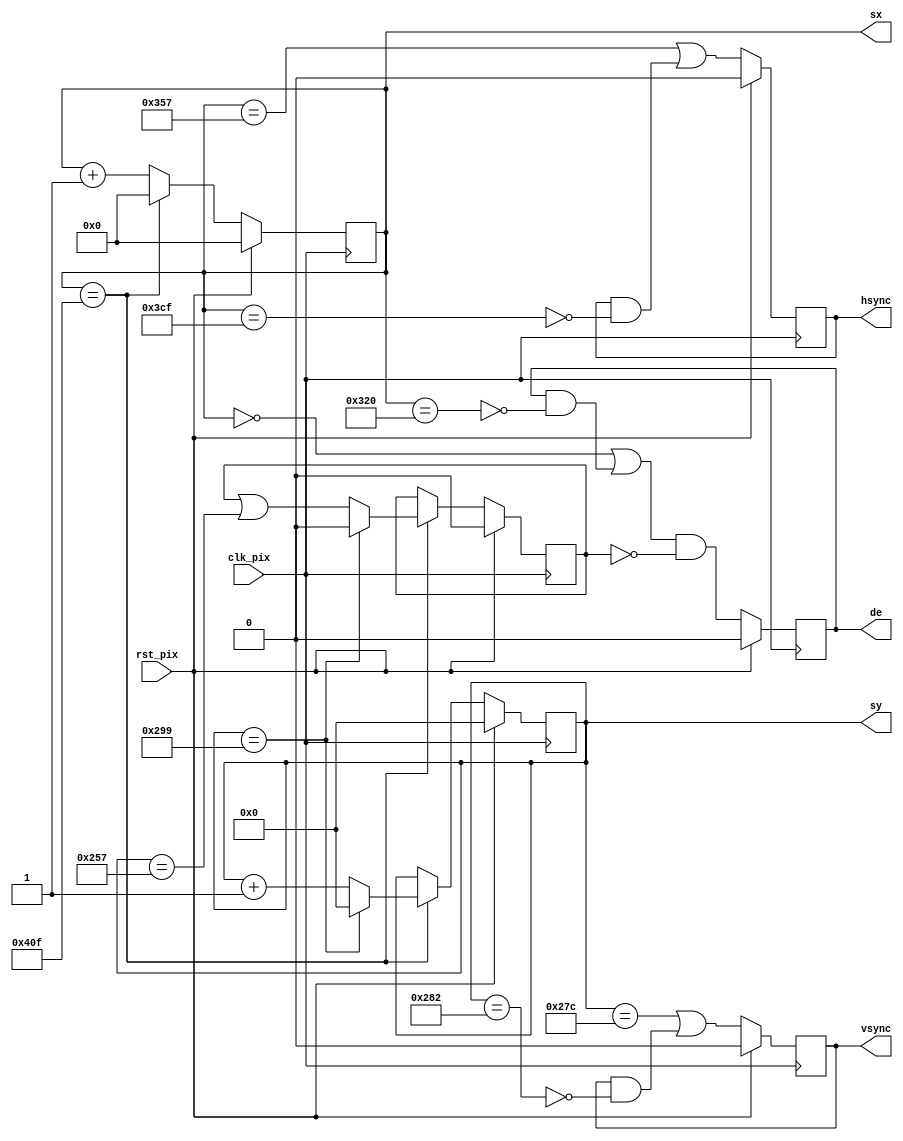
// Project F: FPGA Graphics - Simple 640x480p60 Display
// (C)2022 Will Green, open source hardware released under the MIT License
// Learn more at https://projectf.io/posts/fpga-graphics/

// Matthias Koch, 2023: Changed to registered output of hsync, vsync and de, 1 clock cycle later.

`default_nettype none
`timescale 1ns / 1ps

module simple_600p_regs (
   input  wire clk_pix,   // pixel clock
   input  wire rst_pix,   // reset in pixel clock domain
   output reg  [10:0] sx, // horizontal screen position
   output reg  [ 9:0] sy, // vertical screen position
   output reg  hsync,     // horizontal sync
   output reg  vsync,     // vertical sync
   output reg  de         // data enable (low in blanking interval)
);

   // Horizontal timings
   parameter HA_END = 799;           // end of active pixels
   parameter HS_STA = HA_END + 56;   // sync starts after front porch
   parameter HS_END = HS_STA + 120;  // sync ends
   parameter LINE   = 1039;          // last pixel on line (after back porch)

   // Hertical timings
   parameter VA_END = 599;           // end of active pixels
   parameter VS_STA = VA_END + 37;   // sync starts after front porch
   parameter VS_END = VS_STA + 6;    // sync ends
   parameter SCREEN = 665;           // last line on screen (after back porch)

   reg blanky;

   always @(posedge clk_pix)
   begin
      if (rst_pix) begin
         sx <= 0;
         sy <= 0;
         hsync  <= 0;
         vsync  <= 0;
         de     <= 0;
         blanky <= 0;
      end
      else begin

         hsync <= (sx == HS_STA) | (hsync & ~(sx == HS_END)); // positive polarity
         vsync <= (sy == VS_STA) | (vsync & ~(sy == VS_END)); // positive polarity

         de <= ((sx == 0) | (de & ~(sx == HA_END+1))) & ~blanky;

         if (sx == LINE) begin  // last pixel on line?
             sx <= 0;

             if (sy == SCREEN) begin sy <= 0;      blanky <= 0;                       end
             else              begin sy <= sy + 1; blanky <= blanky | (sy == VA_END); end

         end else begin
            sx <= sx + 1;
         end

      end
   end
endmodule